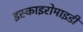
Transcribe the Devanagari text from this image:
इस्काइरोमाइडी